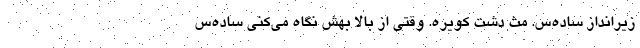
زیرانداز ساده‌س. مث دشت کویره. وقتی از بالا بهش نگاه می‌کنی ساده‌س